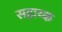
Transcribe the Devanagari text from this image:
सहाय्क